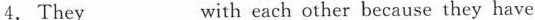
4.They___with each other because they have